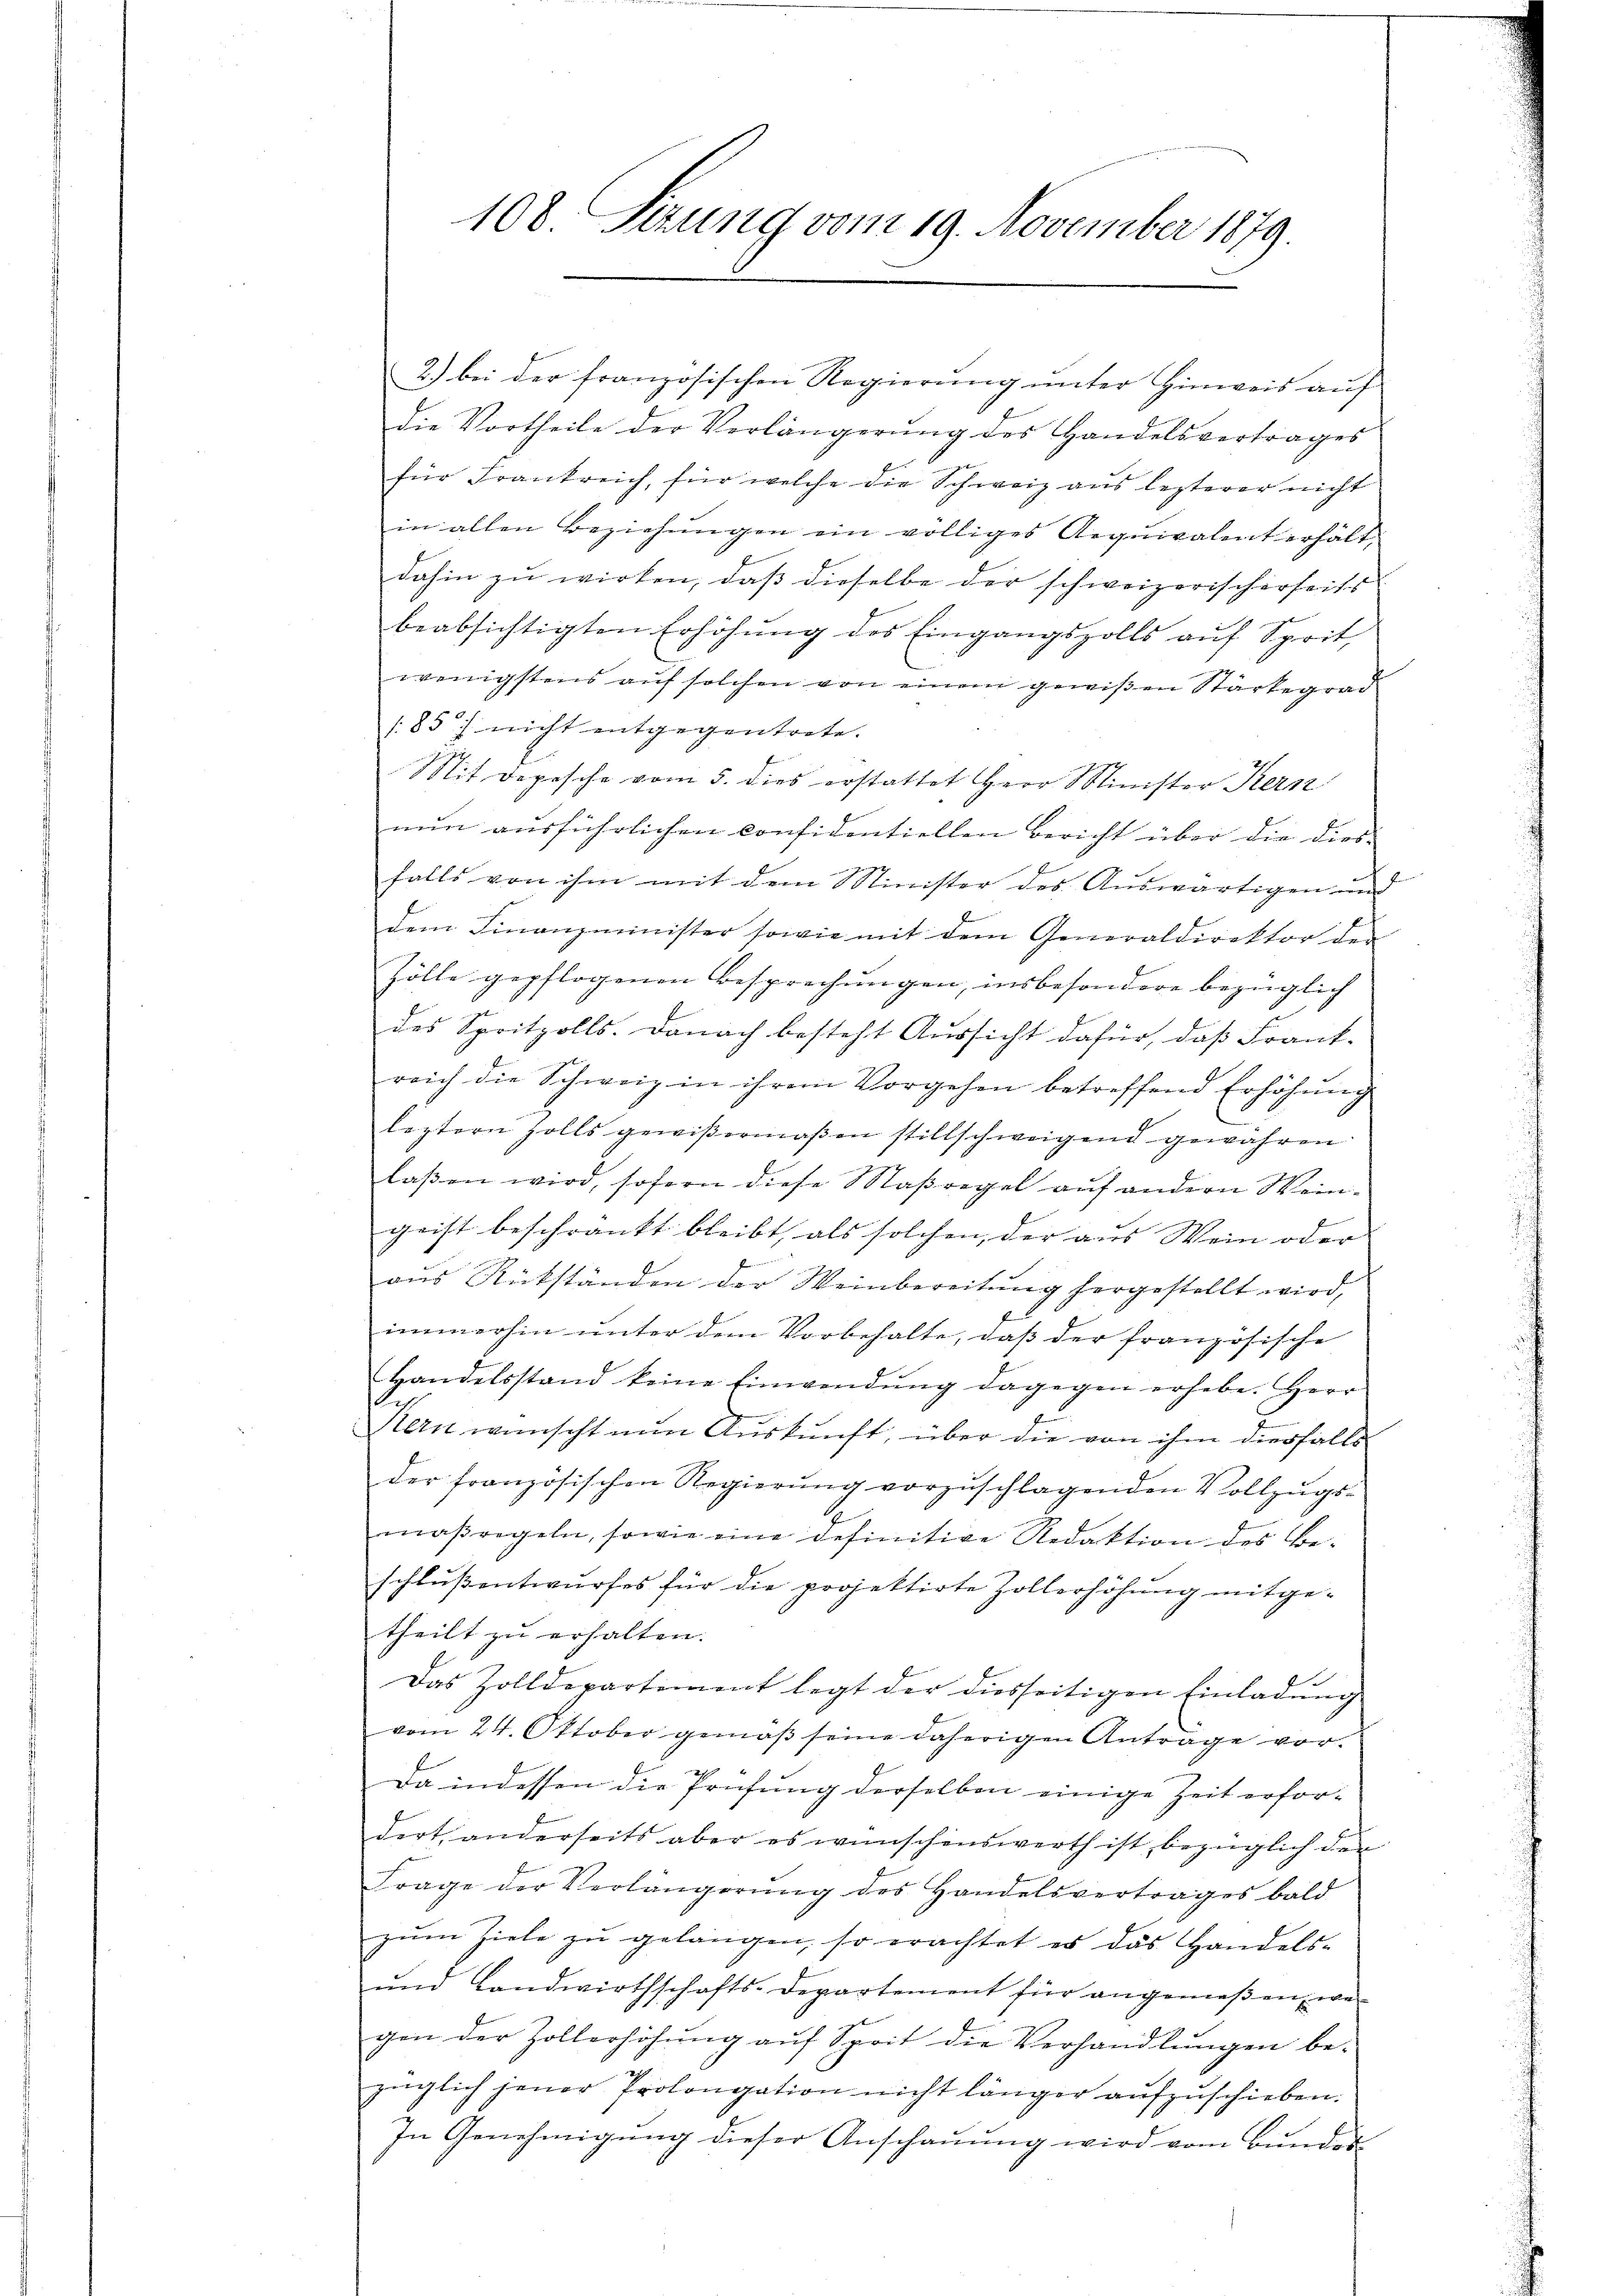
2.) bei der französischen Regierung unter Hinweis auf
die Vortheile der Verlängerŭng des Handelsvertrages
für Frankreich, für welche die Schweiz aus lezterer nicht
in allen Beziehŭngen ein völliges Aequivalent erhält.
dahin zu wirken, daß dieselbe der schweizerischerseits
beabsichtigten Erhöhŭng des Eingangszolls aŭf Sprit
wenigstens auf solchen von einem gewißen Stärkegrad
1857 nicht entgegentrete. |
Mit Depesche vom 5. dies erstattet Herr Minister Kern
nun ausführlichen considentiellen Bericht über die dies
falls von ihm mit dem Minister des Auswärtigen und
dem Finanzminister sowie mit dem Generaldirektor der
Zölle gepflogenen Besprechŭngen, insbesondere bezüglich
des Spritzolls. Danach besteht Aussicht dafür, daß Frank-
reich die Schweiz in ihrem Vorgehen betreffend Erhöhung
leztern solls gewißermaßen stillschweigend gewähren
laβen wird, sofern diese Maßregel auf andern Wein-
grist beschränkt bleibt, als solchen, der aus Wein oder |
b
aus Rückständen der Weinbereitung hergestellt wird,
immerhin ŭnter dem Vorbehalte, daβ der französische
Handelsstand keine Einwendŭng dagegen erhebe. Herr
Kern wünscht nun Auskunft, über die von ihm diesfalls
der französischen Regierŭng vorzŭschlagenden Vollzŭgs-
maßregeln, sowie eine definitive Redaktion des Be-
schlussentwurfes für die projektirte Zollerhöhung mitgetheilt zu erhalten.
Das Zolldepartement legt der diesseitigen Einladung
vom 24. Oktober gemäß seine daherigen Antrage vor¬
Da indessen die Prüfung derselben einige Zeit erfor-
dert, anderseits aber es wünschenswerth ist, bezüglich der
Frage der Verlängerŭng des Handelsvertrages bald
zŭm Ziele zŭ gelangen, so erachtet es das Handels-
ŭnd Landwirthschafts-Departement für angemeßen, we
gen der Zollerhöhung auf Sprit die Verhandlungen be-
züglich jener Prolongation nicht länger aŭfzŭschieben.
In Genehmigŭng dieser Anschauung wird vom Bundes

108. Sitzung vom 19. November 1879.